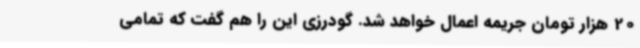
20 هزار تومان جریمه اعمال خواهد شد. گودرزی این را هم گفت که تمامی